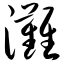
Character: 滩